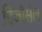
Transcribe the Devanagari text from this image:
डिजीसेल